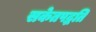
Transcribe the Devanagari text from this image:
सकेतपद्धति